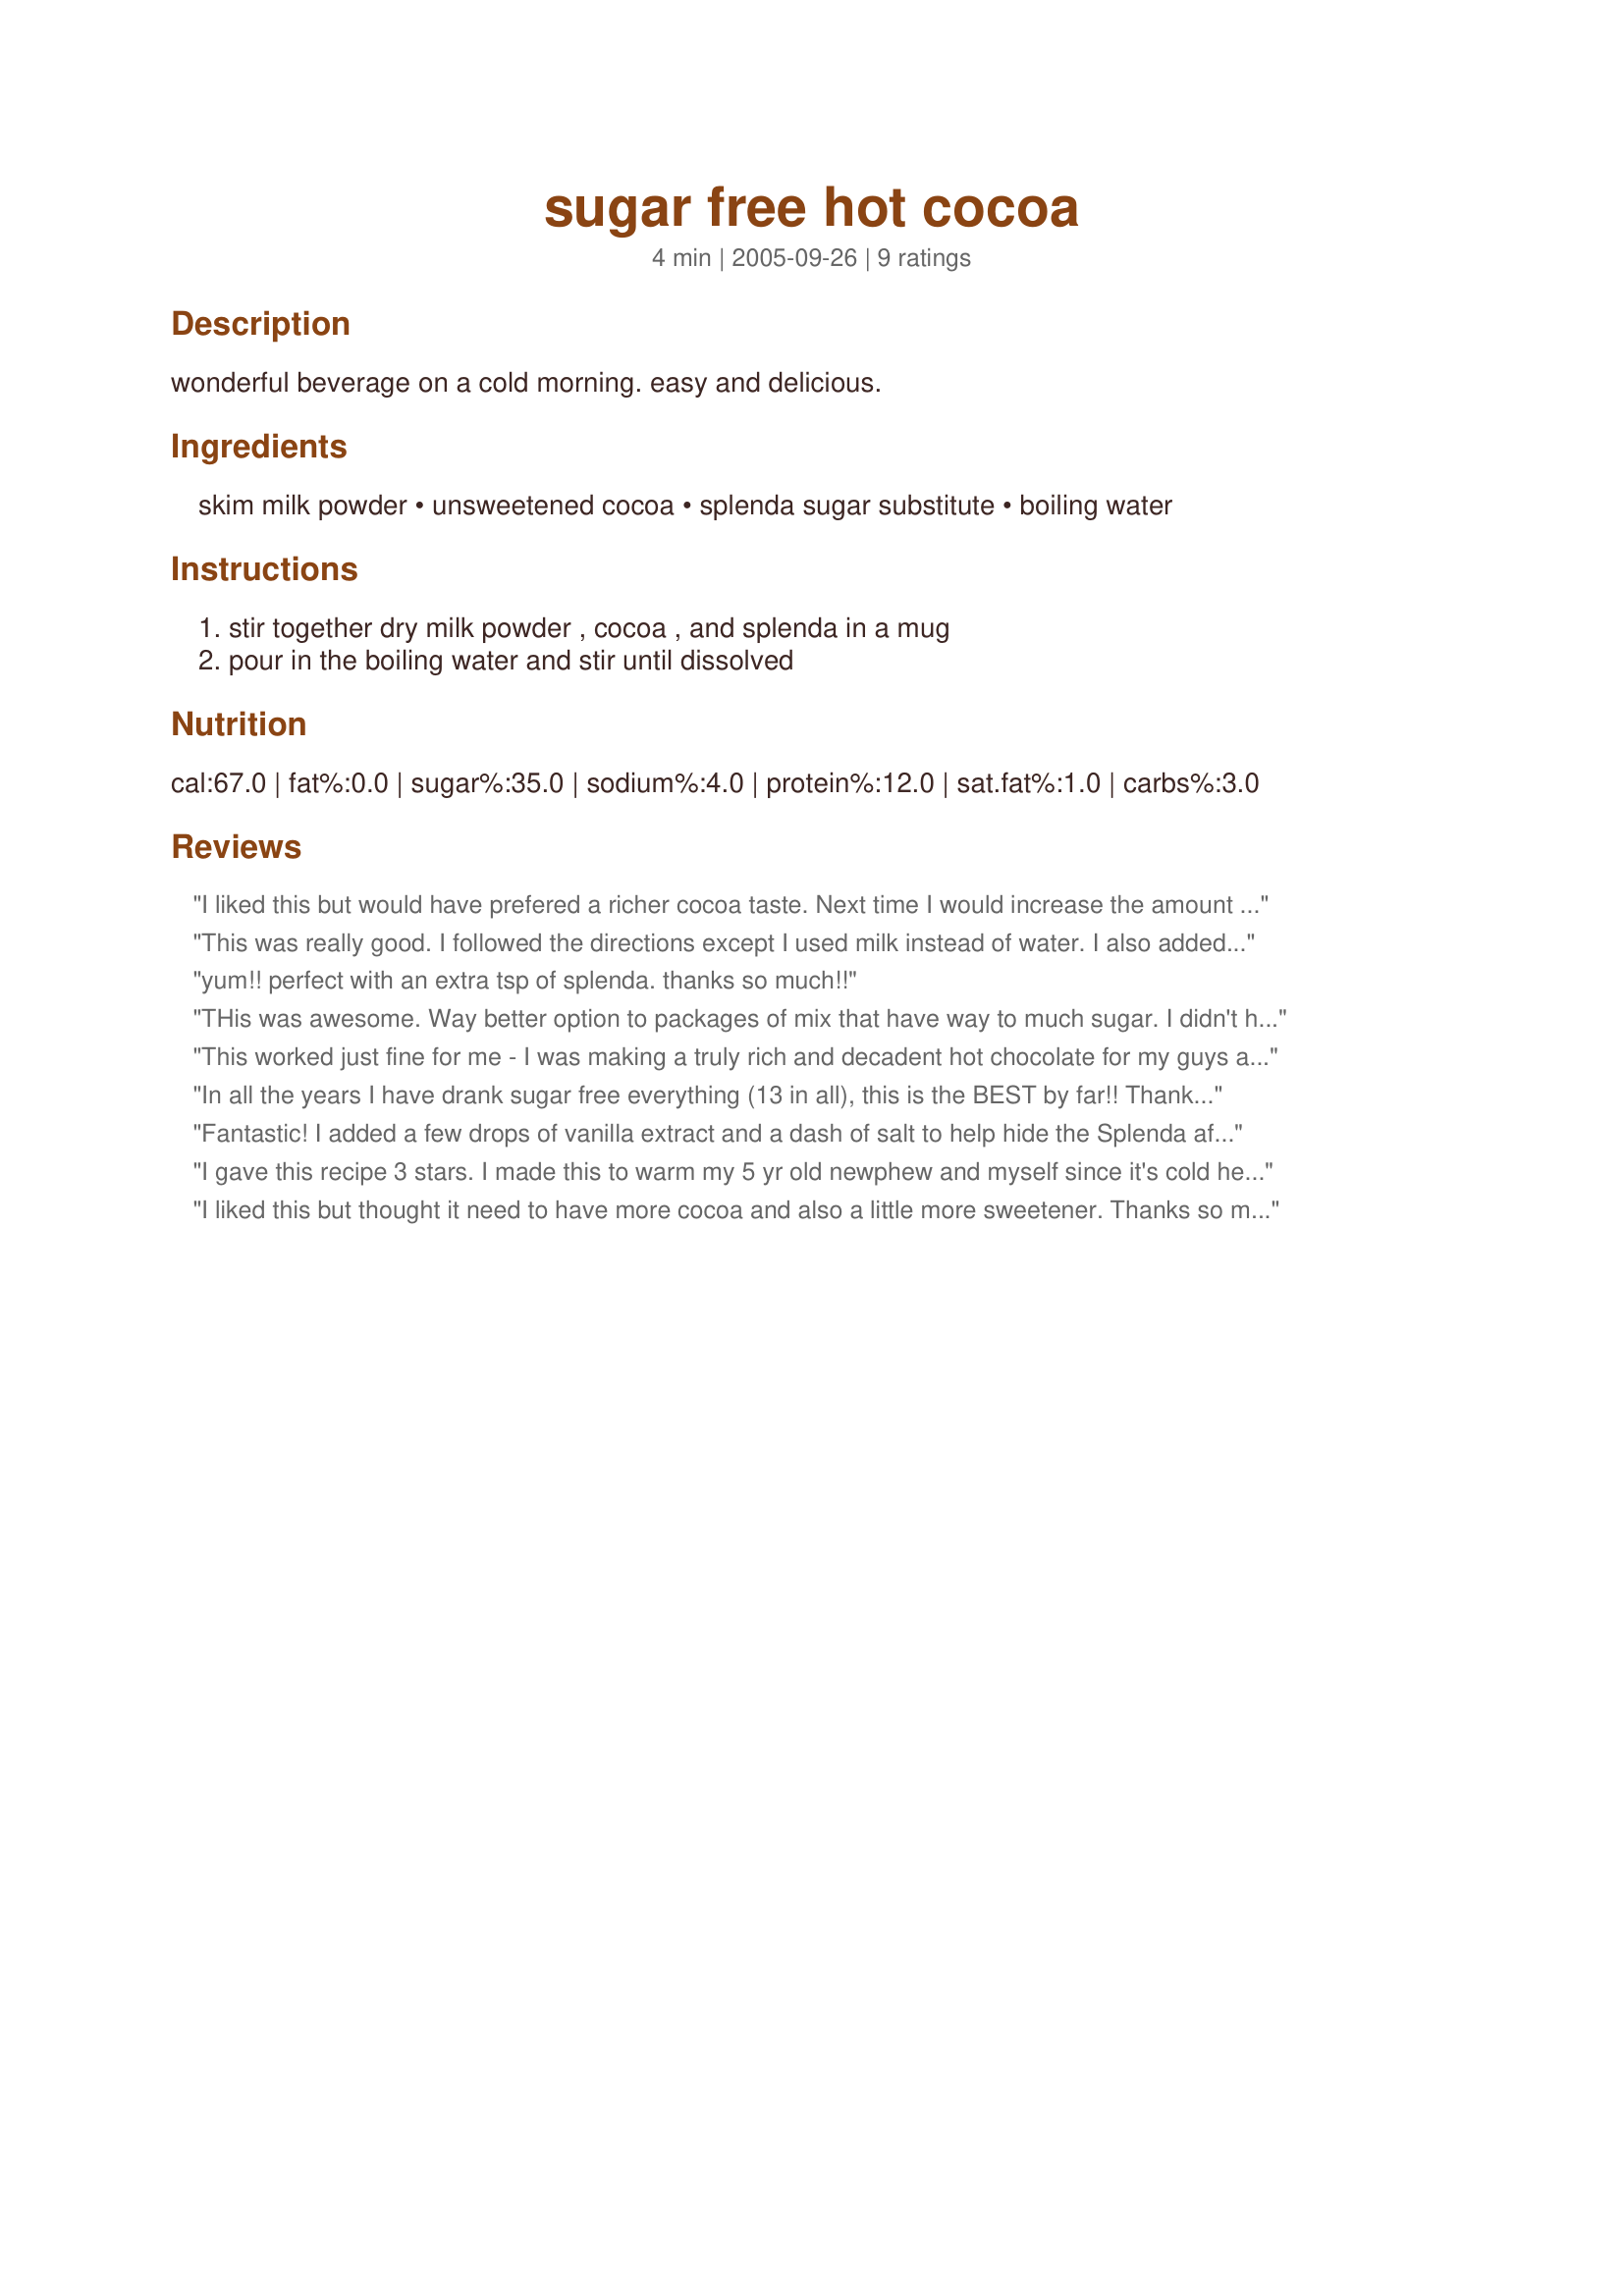
sugar free hot cocoa
Preparation time: 4 minutes

wonderful beverage on a cold morning. easy and delicious.

Ingredients:
skim milk powder, unsweetened cocoa, splenda sugar substitute, boiling water

Steps:
stir together dry milk powder , cocoa , and splenda in a mug, pour in the boiling water and stir until dissolved

Reviews:
I liked this but would have prefered a richer cocoa taste. Next time I would increase the amount of cocoa to at least 1 tbsp. The quantity of sweetener was bang on. Made for Comfort Cafe- Snow Queen Round 01/10.
This was really good. I followed the directions except I used milk instead of water. I also added a handful of mini marshmellows. Will be making this hot cocoa more often!
yum!! perfect with an extra tsp of splenda. thanks so much!!
THis was awesome. Way better option to packages of mix that have way to much sugar. I didn't have spenda so I used 1/4 organic sugar and warm milk instead of water. I would use less sugar next time. I made 4x the recipe to keep for easy hot cocoa and 3 tablespoons of mix to 1 cup liquid worked wonderfully. Thanks!
This worked just fine for me - I was making a truly rich and decadent hot chocolate for my guys and I made this for myself so I didn't feel too left out. Thanks for posting!
In all the years I have drank sugar free everything (13 in all), this is the BEST by far!! Thanks for sharing it!!
Kim
Fantastic! I added a few drops of vanilla extract and a dash of salt to help hide the Splenda aftertaste, and my nieces and nephews drank it all on me!
I gave this recipe 3 stars. I made this to warm my 5 yr old newphew and myself since it's cold here. This is the first sugar free homemade hot cocoa I've tried. My newphew liked this and said it's good. I thought this was ok. I made my newphew and myself each a cup. With my newphew's cup I poured the water over the cocoa mix in a 2 cup measuring cup which mixed up very well. My cocoa I poured the cocoa mix in the cup then poured the water over the cocoa mix and stirred. The cocoa mix didn't mix as well. Overall this was ok but again it's my first. I may try this again. Thanks for posting. Christine (internetnut)
I liked this but thought it need to have more cocoa and also a little more sweetener. Thanks so much for the post.
